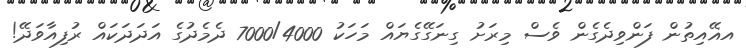
އޣޭއިތުން ފަންވިދެގެން ވެސް މިރަށު ގިނަގޭގެޔައް މަހަކު 7000/4000 ދެމެދުގެ އަދަދަކައް ރުފިއާވަދޭ!